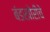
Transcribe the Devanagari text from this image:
बंडखोरीचे